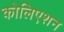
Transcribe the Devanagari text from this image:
कोलिएशन